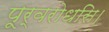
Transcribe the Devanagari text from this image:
पूर्वरोधसि।